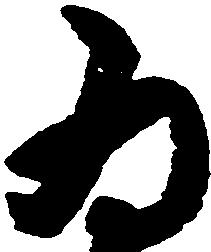
為